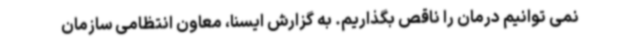
نمی توانیم درمان را ناقص بگذاریم. به گزارش ایسنا، معاون انتظامی سازمان